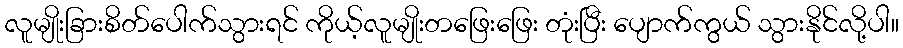
လူမျိုးခြားစိတ်ပေါက်သွားရင် ကိုယ့်လူမျိုးတဖြေးဖြေး တုံးပြီး ပျောက်ကွယ် သွားနိုင်လို့ပါ။